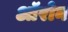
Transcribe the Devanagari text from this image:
ऑरोन